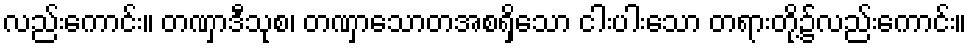
လည်းကောင်း။ တဏှာဒီသုစ၊ တဏှာသောတအစရှိသော ငါးပါးသော တရားတို့၌လည်းကောင်း။